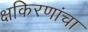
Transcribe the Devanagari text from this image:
क्षकिरणांचा